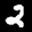
Digit: 2